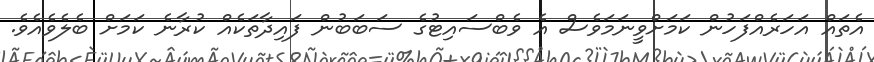
އެތައް އަހަރެއްފަހުން ކަމަށްވީނަމަވެސް އެ ވެބްސައިޓުގެ ސަބަބުން ފައިދާތަކެއް ކުރާނެ ކަމަށް ބެލެވެއެވެ.